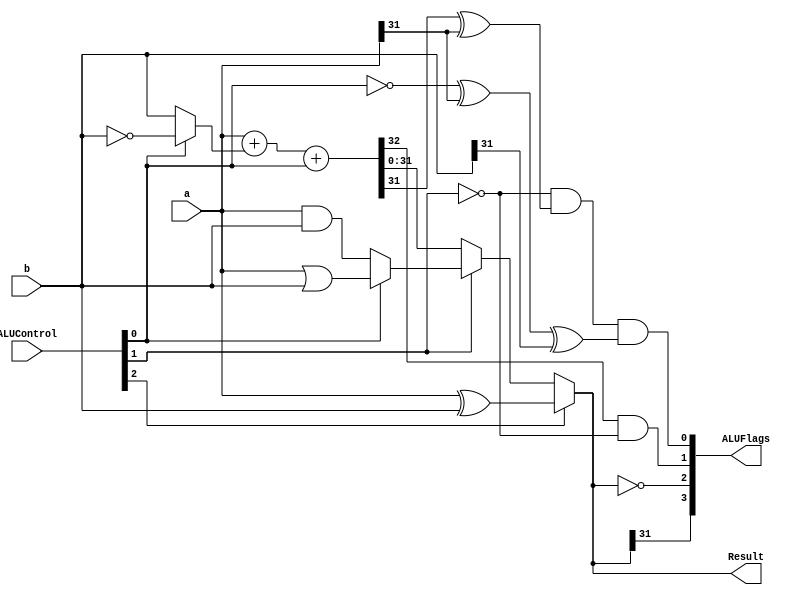
// vim: set expandtab:
`timescale 1ns/1ns

module alu(a, b, ALUControl, Result, ALUFlags);
    input [31:0] a, b;
    input [2:0] ALUControl;
    // ALUControl  | Operacin
    // 000         | ADD
    // 001         | SUB
    // 010         | AND
    // 011         | ORR
    // 100         | EOR

    output [31:0] Result;
    output [3:0] ALUFlags;

    wire N, Z, C, V;
    wire [32:0] sum;

    wire [31:0]_b;
    assign _b = (ALUControl[0]? ~b : b); // Sin _b, el resultado es diferente.
    assign sum = a + _b + ALUControl[0];

    // Us esto en lugar del switch para que Result no sea un reg.
    assign Result = ALUControl[2]? a^b:
        ALUControl[1]? (ALUControl[0]? (a|b) : (a&b)) : sum;

    assign N = Result[31];
    assign Z = Result == 0;
    and(C, sum[32], ~ALUControl[1]);
    and(V, ~ALUControl[1], sum[31] ^ a[31], ~ALUControl[0] ^ a[31] ^ b[31]);

    assign ALUFlags = {N, Z, C, V};

endmodule